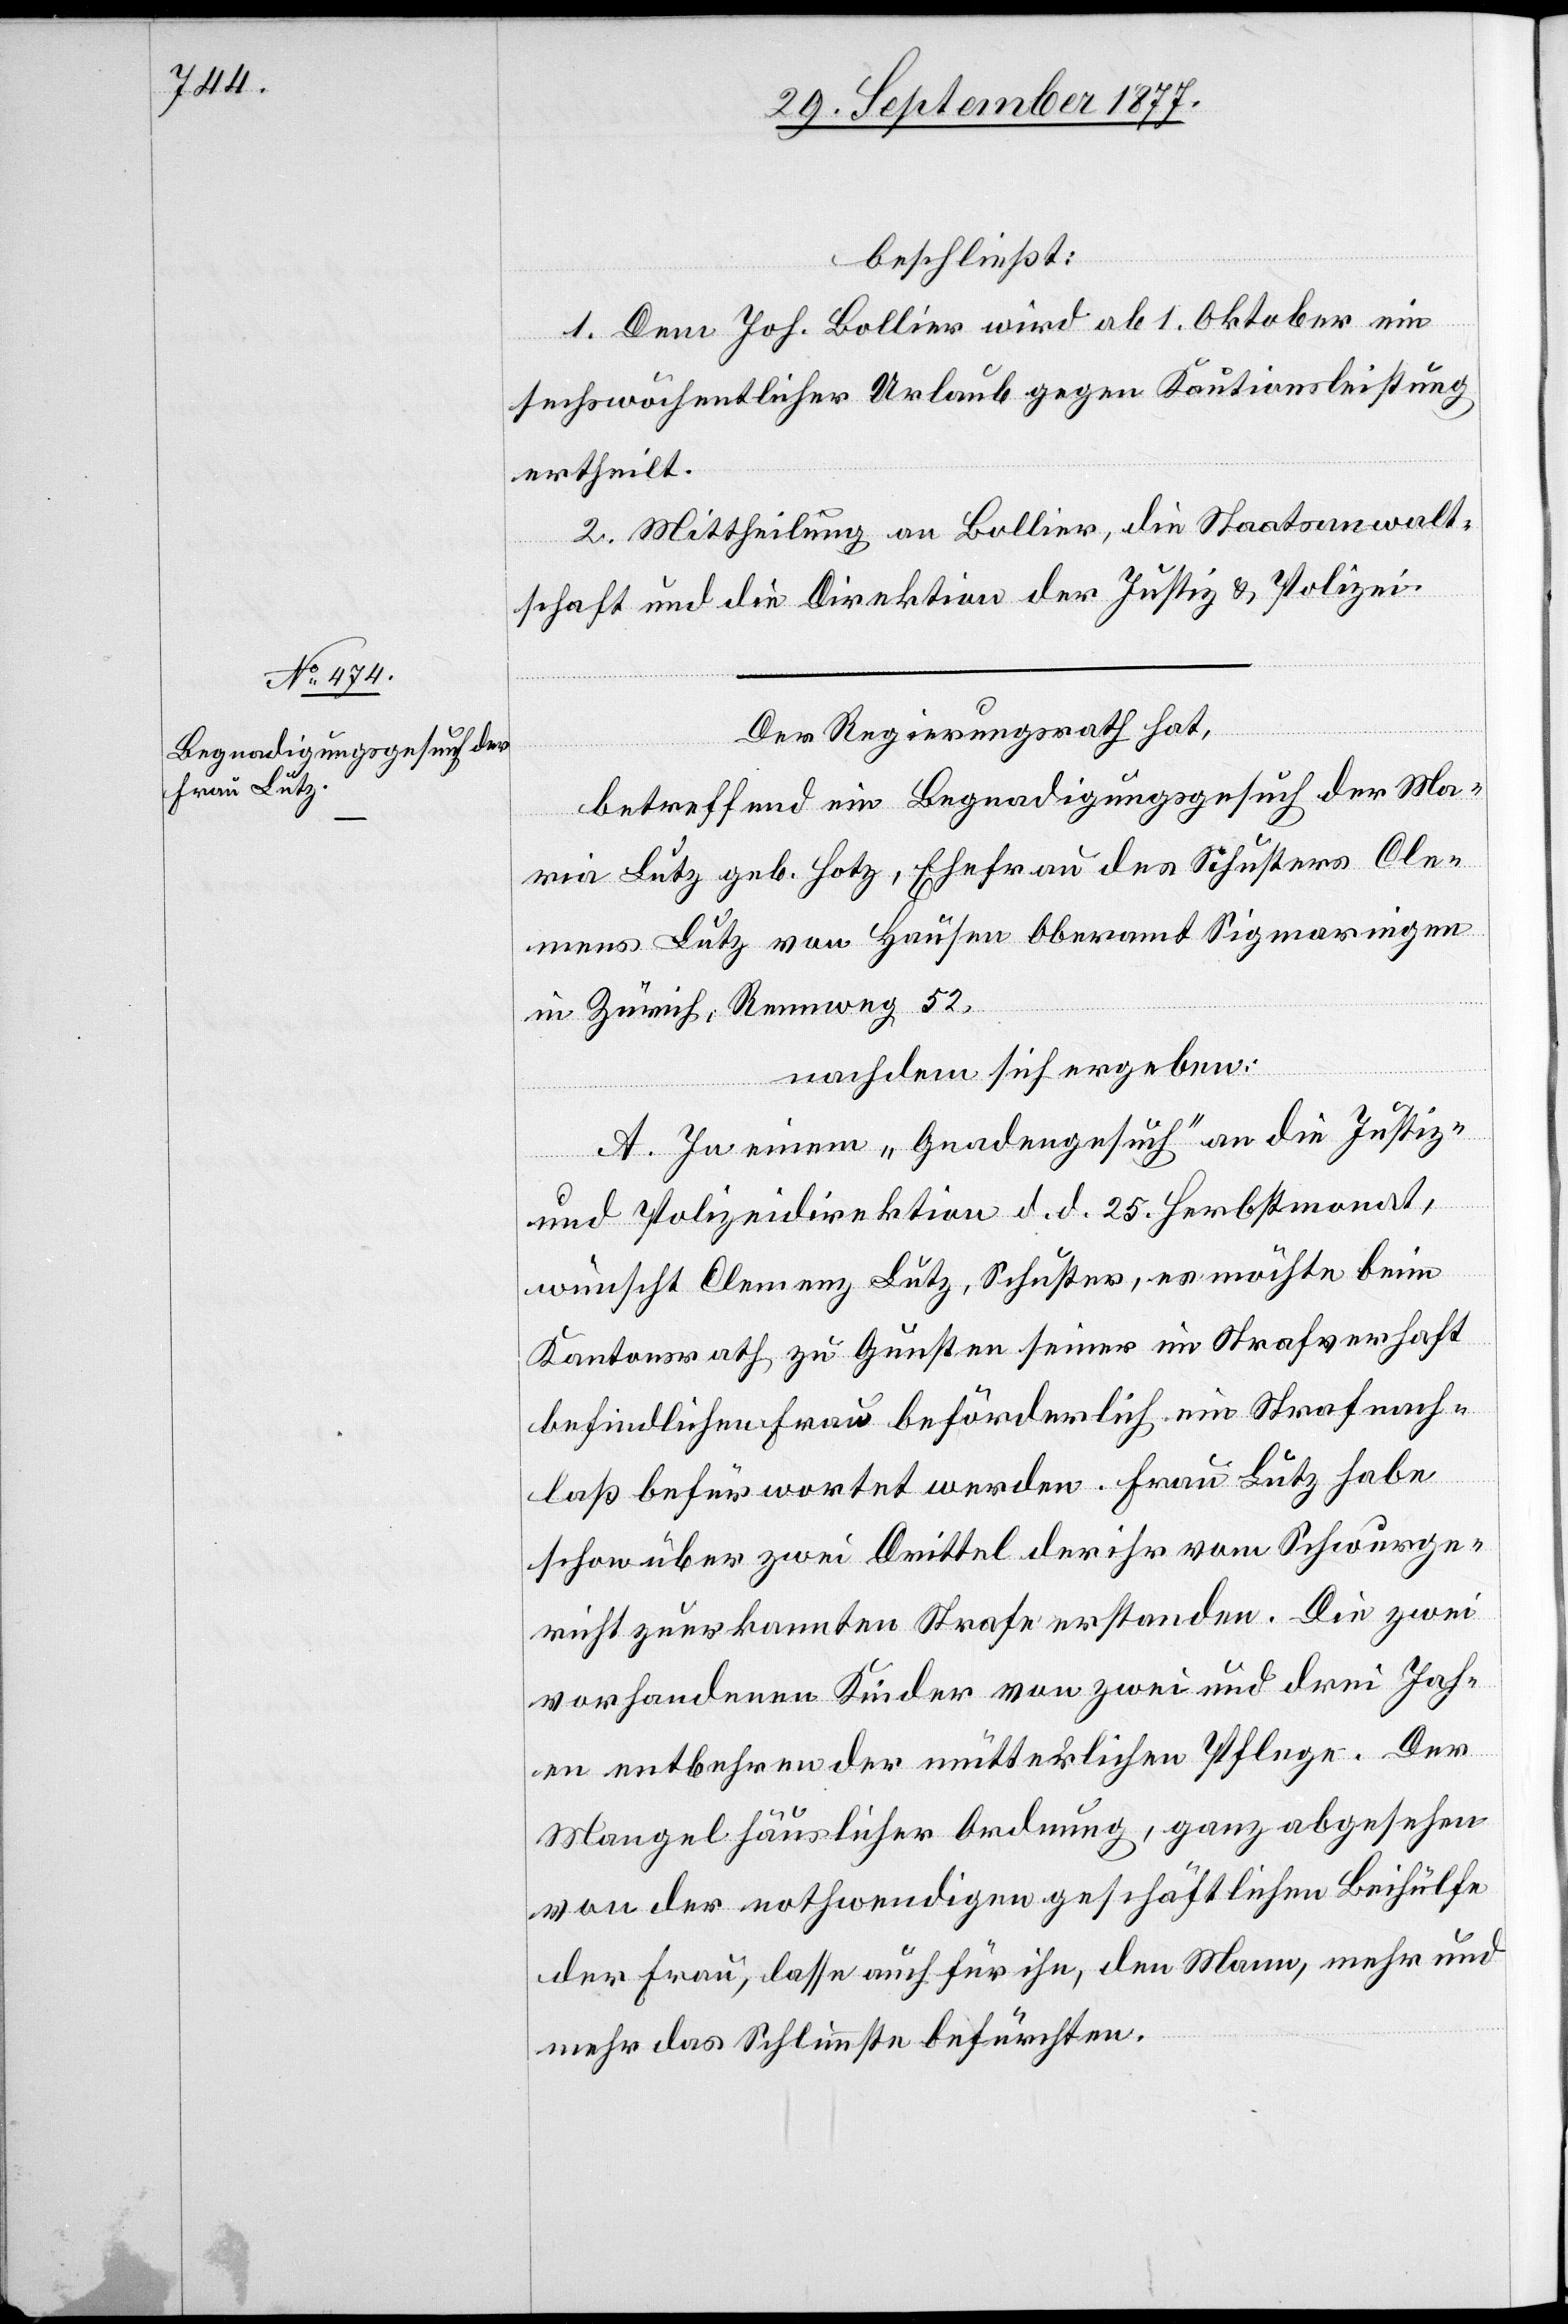
beschließt:
1. Dem Joh. Bollier wird ab 1. Oktober ein
sechswöchentlicher Urlaub gegen Kautionsleistung
ertheilt.
2. Mittheilung an Bollier, die Staatsanwalt¬
schaft und die Direktion der Justiz & Polizei.
Der Regierungsrath hat,
betreffend ein Begnadigungsgesuch der Ma¬
ria Lutz geb. Hotz, Ehefrau des Schusters Cle¬
mens Lutz von Hausen Oberamt Sigmaringen
in Zürich, Rennweg 52,
nachdem sich ergeben:
A. In einem „Gnadengesuch“ an die Justiz-
und Polizeidirektion d. d. 25. Herbstmonat,
wünscht Clemenz [sic!] Lutz, Schuster, es möchte beim
Kantonsrath zu Gunsten seiner im Strafverhaft
befindlichen Frau beförderlich ein Strafnach¬
laß befürwortet werden. Frau Lutz habe
schon über zwei Drittel der ihr vom Schwurge¬
richt zuerkannten Strafe erstanden. Die zwei
vorhandenen Kinder von zwei und drei Jahr¬
en entbehren der mütterlichen Pflege. Der
Mangel häuslicher Ordnung, ganz abgesehen
von der nothwendigen geschäftlichen Beihülfe
der Frau, lasse auch für ihn, den Mann, mehr und
mehr das Schlimmste befürchten.